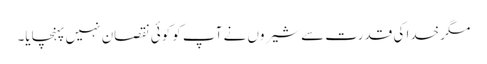
مگر خدا کی قدرت سے شیروں نے آپ کو کوئی نقصان نہیں پہنچایا۔